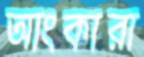
আংকারা